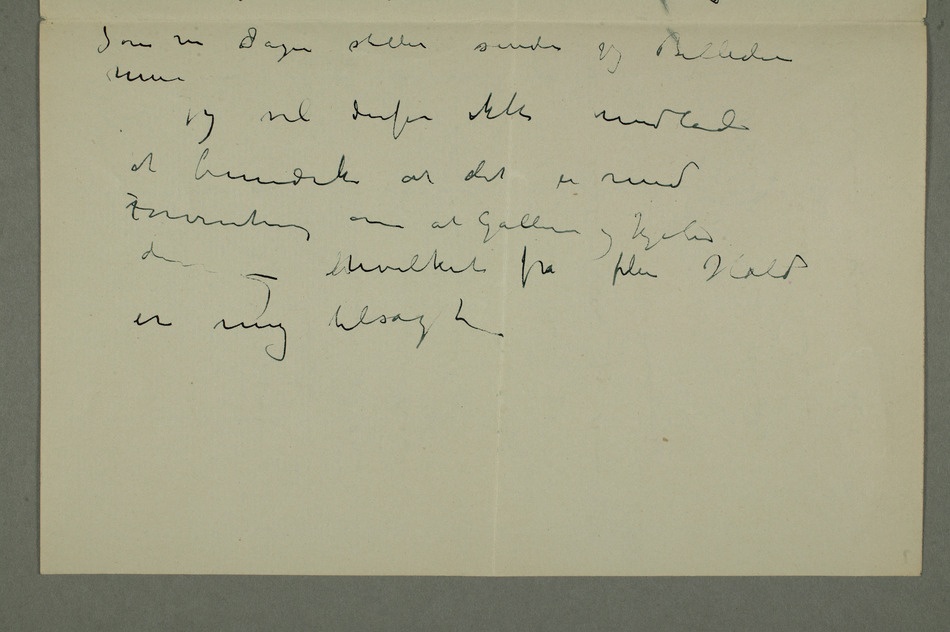
Som nu Sagen stiller sender
Billedene mine
Jeg vil derfor ikke
undlade
at bemærke at det er
med
Forventning om at Galleri
kjøber der
– hvilket fra
flere Hold